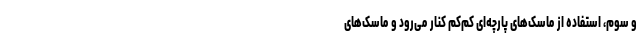
و سوم، استفاده از ماسک‌های پارچه‌ای کم‌کم کنار می‌رود و ماسک‌های